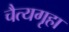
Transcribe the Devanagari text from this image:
चैत्यगृहा